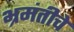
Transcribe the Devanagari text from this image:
भ्रमंतीचे